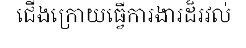
ជើងក្រោយធ្វើការងារដ៏រវល់